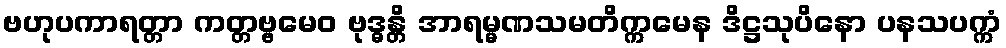
ဗဟုပကာရတ္တာ ကတ္တဗ္ဗမေဝ ဗုဒ္ဓန္တိ အာရမ္မဏသမတိက္ကမေန ဒိဋ္ဌသုပိနော ပနသပက္ကံ